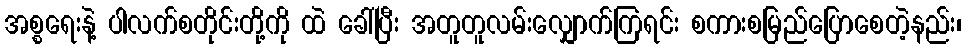
အစ္စရေးနဲ့ ပါလက်စတိုင်းတို့ကို ထဲ ခေါ်ပြီး အတူတူလမ်းလျှောက်ကြရင်း စကားစမြည်ပြောစေတဲ့နည်း၊